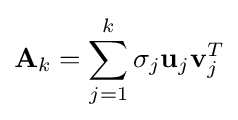
\mathbf {A} _{k}=\sum _{j=1}^{k}\sigma _{j}\mathbf {u} _{j}\mathbf {v} _{j}^{T}